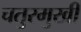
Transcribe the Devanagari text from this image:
चतुरमुखी